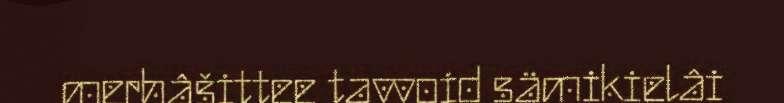
merhâšittee tavvoid sämikielâi